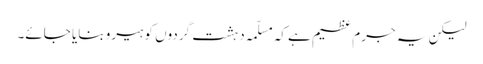
لیکن یہ جرم عظیم ہے کہ مسلّمہ دہشت گردوں کو ہیرو بنایا جائے۔